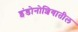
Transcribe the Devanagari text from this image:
इंडोनोशियातील